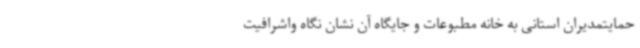
حمایتمدیران استانی به خانه مطبوعات و جایگاه آن نشان نگاه واشرافیت